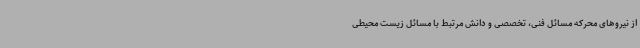
از نیروهای محرکه مسائل فنی، تخصصی و دانش مرتبط با مسائل زیست محیطی